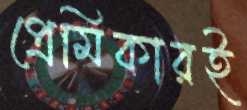
প্রেমিকারই